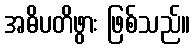
အဓိပတိဖွား ဖြစ်သည်။